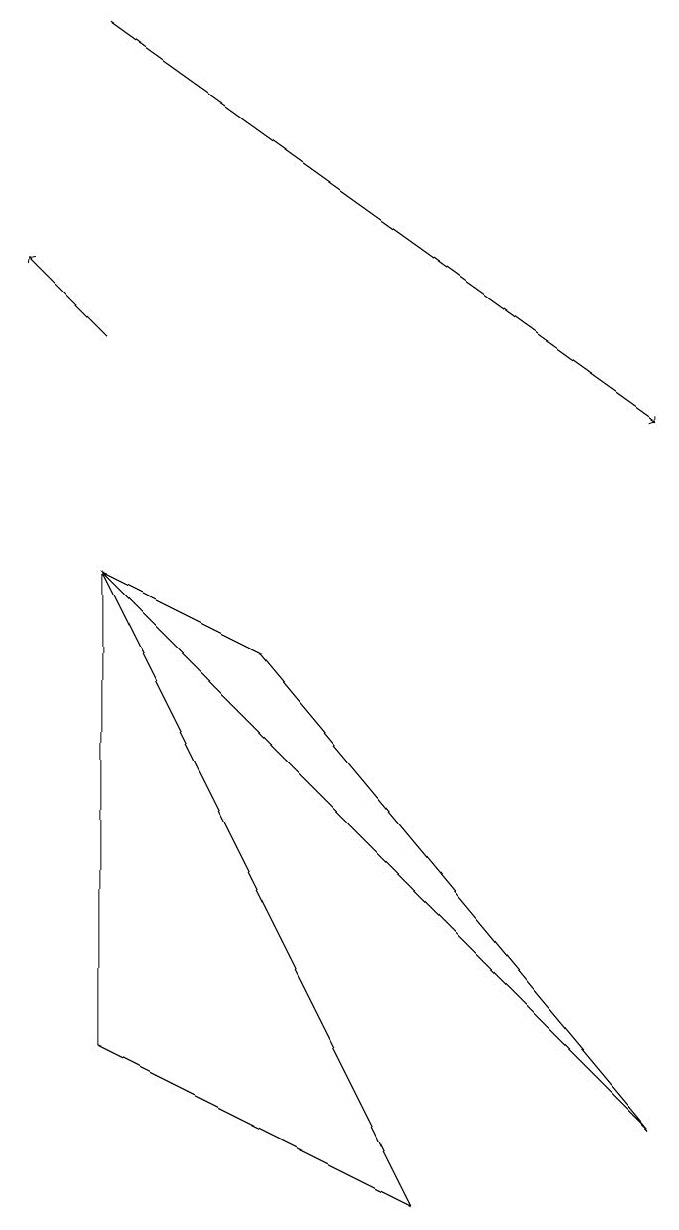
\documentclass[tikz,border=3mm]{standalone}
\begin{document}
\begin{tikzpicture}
\draw (8,1) -- (1,8) -- (3,7) -- cycle;
\draw (1,2) -- (5,0) -- (1,8) -- cycle;
\draw[->] (1,15) -- (8,10);
\draw[->] (1,11) -- (0,12);
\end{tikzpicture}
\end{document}